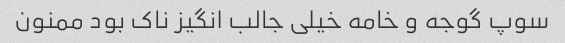
سوپ گوجه و خامه خیلی جالب انگیز ناک بود ممنون